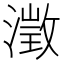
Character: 澂